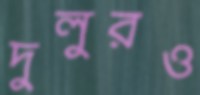
দুলুরও